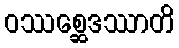
ဝဿစ္ဆေဒဿာတိ